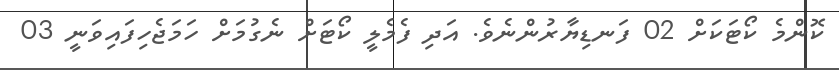
ކޮންމެ ކޯޓަކަށް 02 ފަނޑިޔާރުންނެވެ. އަދި ފެމެލީ ކޯޓަށް ނެގުމަށް ހަމަޖެހިފައިވަނީ 03